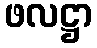
ဖလဋ္ဌာ